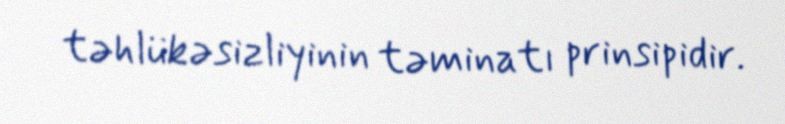
təhlükəsizliyinin təminatı prinsipidir.